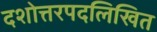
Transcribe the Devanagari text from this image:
दशोत्तरपदलिखित